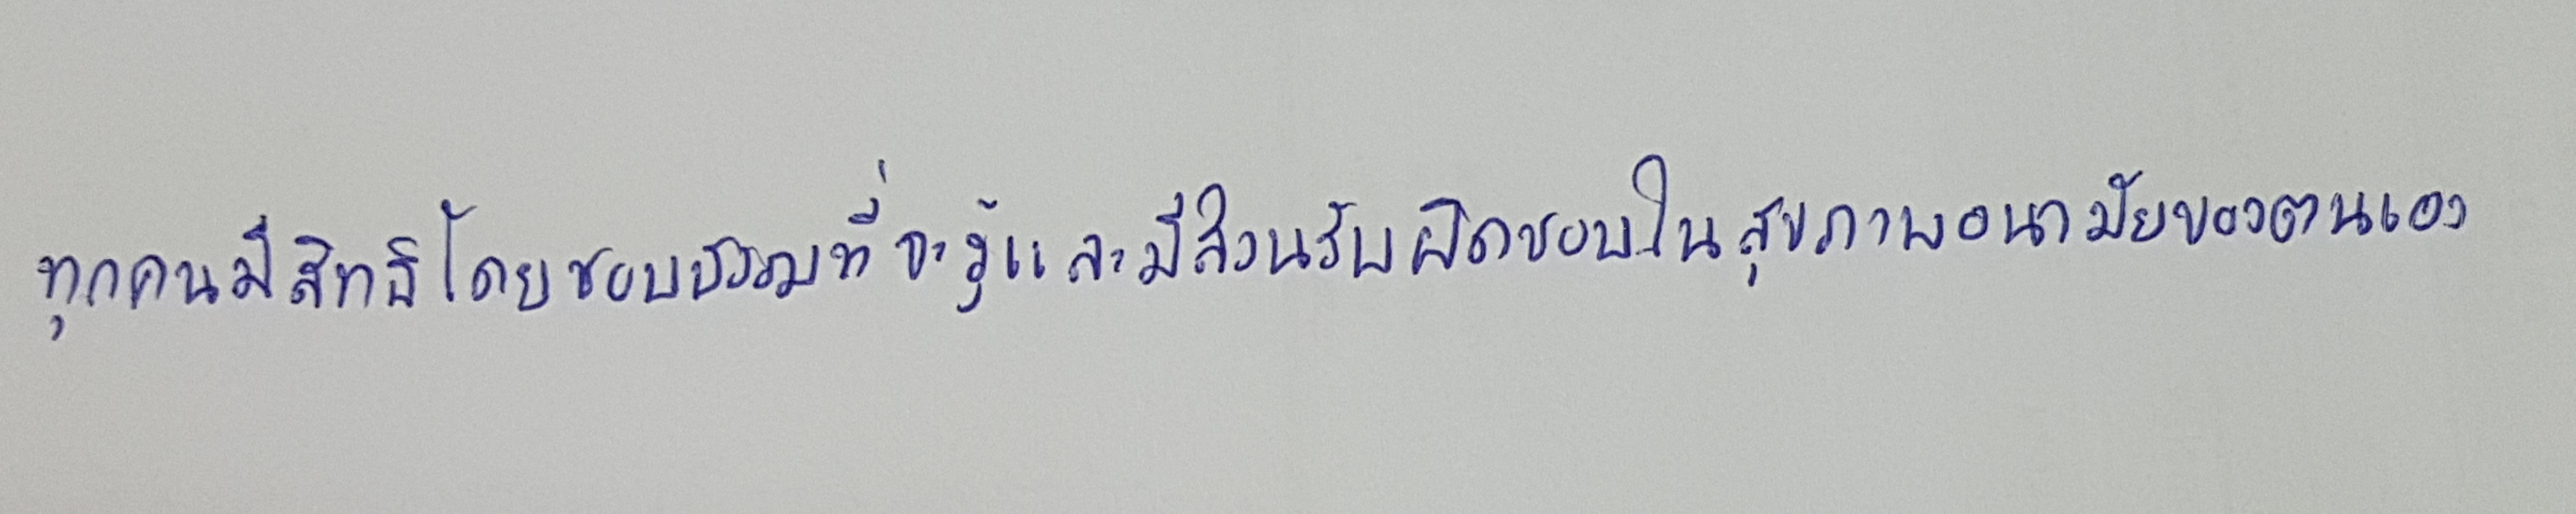
ทุกคนมีสิทธิโดยชอบธรรมที่จะรู้และมีส่วนรับผิดชอบในสุขภาพอนามัยของตนเอง